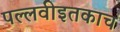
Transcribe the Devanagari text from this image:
पल्लवीइतकाच